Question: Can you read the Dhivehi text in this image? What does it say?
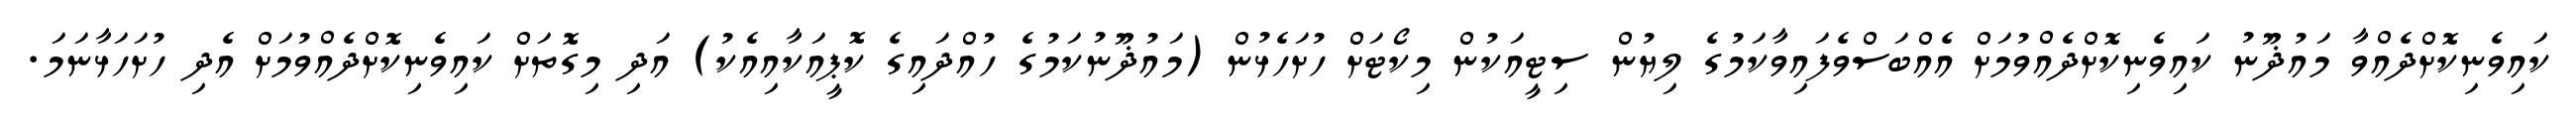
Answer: ކައިވެނިކޮށްދެއްވާ މައުޛޫނު ކައިވެނިކޮށްދެއްވުމަށް އެއްބަސްވެފައިވާކަމުގެ ލިޔުން ސިޓީއަކުން މިކޯޓަށް ހުށަހެޅުން (މައުޛޫނުކަމުގެ ހުއްދައިގެ ކޮޕީއަކާއިއެކު) އަދި މިގޮތަށް ކައިވެނިކޮށްދެއްވުމަށް އެދި ހުށަހަޅާނަމަ.